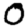
Digit: 0